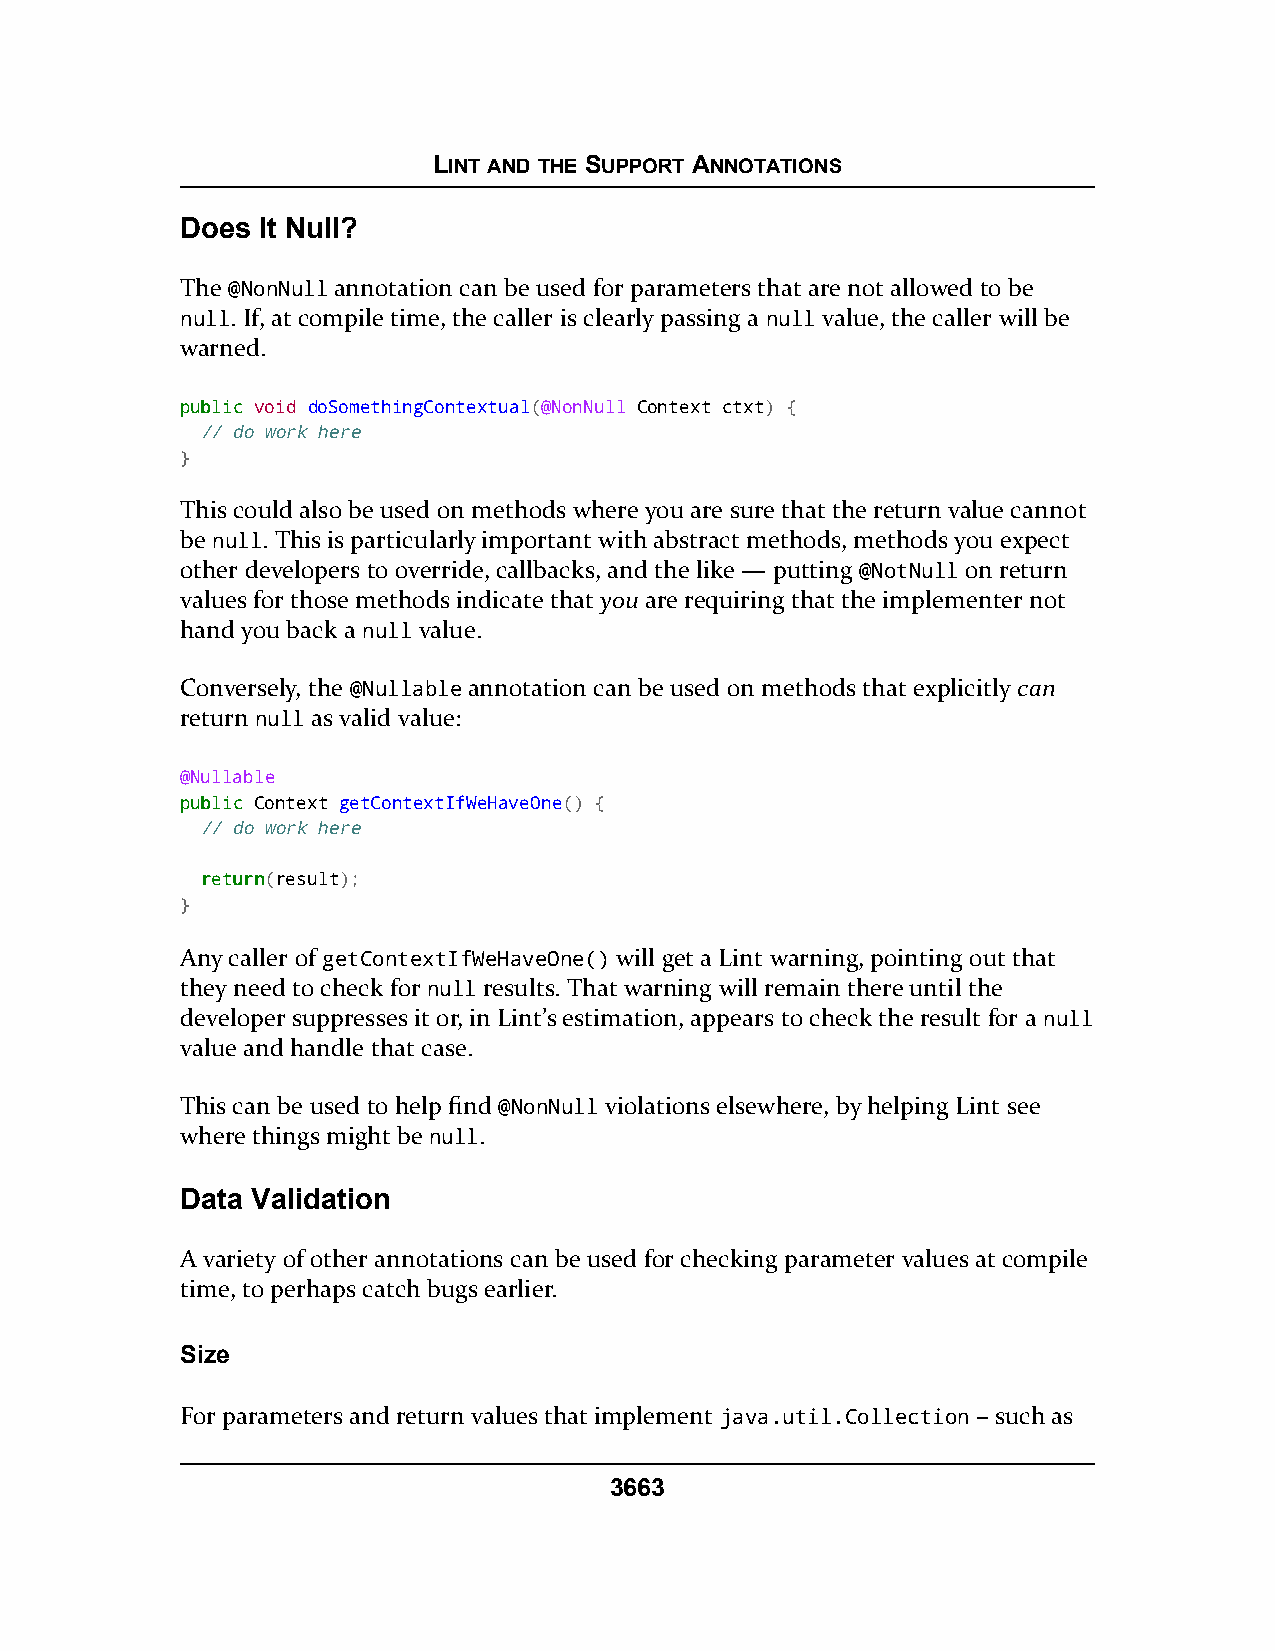
LINT AND THE SUPPORT ANNOTATIONS
 Does It Null?
 The @NonNull annotation can be used for parameters that are not allowed to be
 null. If, at compile time, the caller is clearly passing a null value, the caller will be
 warned.
 ppuubblliicc void doSomethingContextual(@NonNull Context ctxt) {
 // do work here
 }
 This could also be used on methods where you are sure that the return value cannot
 be null. This is particularly important with abstract methods, methods you expect
 other developers to override, callbacks, and the like — putting @NotNull on return
 values for those methods indicate that you are requiring that the implementer not
 hand you back a null value.
 Conversely, the @Nullable annotation can be used on methods that explicitly can
 return null as valid value:
 @Nullable
 ppuubblliicc Context getContextIfWeHaveOne() {
 // do work here
 rreettuurrnn(result);
 }
 Any caller of getContextIfWeHaveOne() will get a Lint warning, pointing out that
 they need to check for null results. That warning will remain there until the
 developer suppresses it or, in Lint’s estimation, appears to check the result for a null
 value and handle that case.
 This can be used to help find @NonNull violations elsewhere, by helping Lint see
 where things might be null.
 Data Validation
 A variety of other annotations can be used for checking parameter values at compile
 time, to perhaps catch bugs earlier.
 Size
 For parameters and return values that implement java.util.Collection – such as
 3663